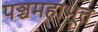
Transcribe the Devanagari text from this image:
पञ्चमहाभूत